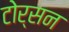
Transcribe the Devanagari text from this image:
टोर्सन